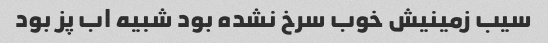
سیب زمینیش خوب سرخ نشده بود شبیه اب پز بود